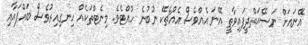
އޭނައަށް ނަޞޭޙަތްދީފައިވާތީ އޭނަ އެއްވެސް އެއްޗެކޭ ނުބުނެ ހުއްޓެވެ. މިނެޓްތަކެއް ހިނގިއިރުވެސް ބައްޕައާއި